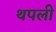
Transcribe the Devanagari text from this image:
थपली